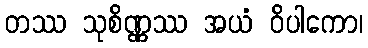
တဿ သုစိဏ္ဏဿ အယံ ဝိပါကော၊